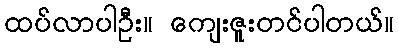
ထပ်လာပါဦး။ ကျေးဇူးတင်ပါတယ်။